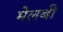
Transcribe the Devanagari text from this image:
मेलबी